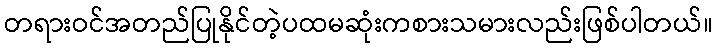
တရားဝင်အတည်ပြုနိုင်တဲ့ပထမဆုံးကစားသမားလည်းဖြစ်ပါတယ်။